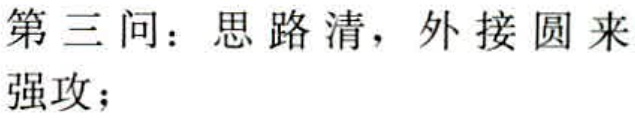
第三问：思路清，外接圆来强攻；